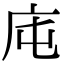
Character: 庉